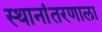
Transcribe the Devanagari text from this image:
स्थानांतरणाला